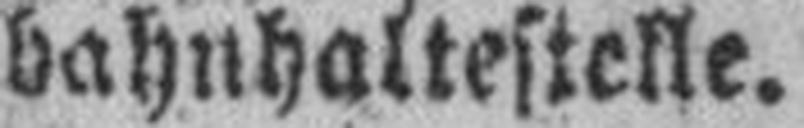
bahnhaltestelle.